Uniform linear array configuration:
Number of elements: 8
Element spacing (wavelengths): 0.25
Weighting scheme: binomial
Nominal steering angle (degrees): -45
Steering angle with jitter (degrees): -43.464
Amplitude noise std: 0.05
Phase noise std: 0.05

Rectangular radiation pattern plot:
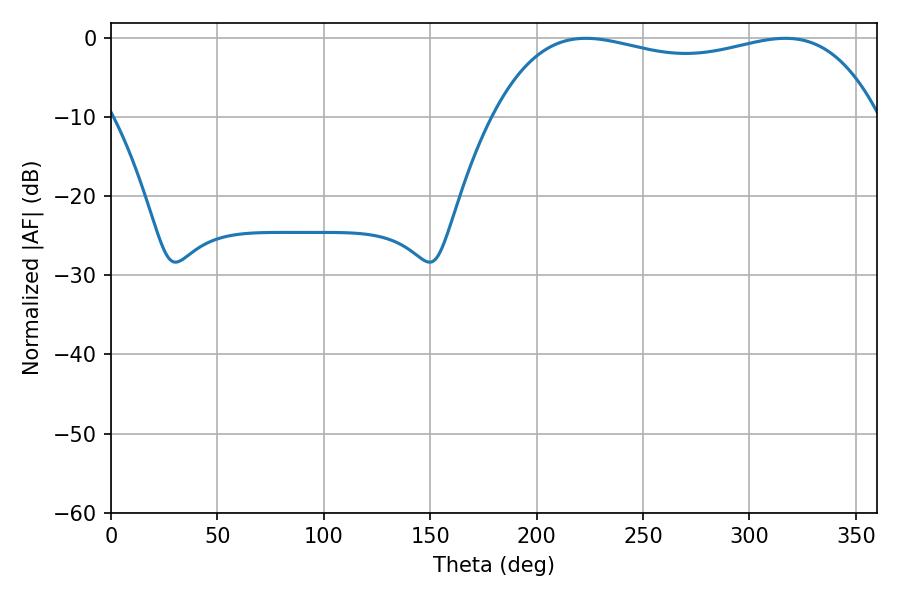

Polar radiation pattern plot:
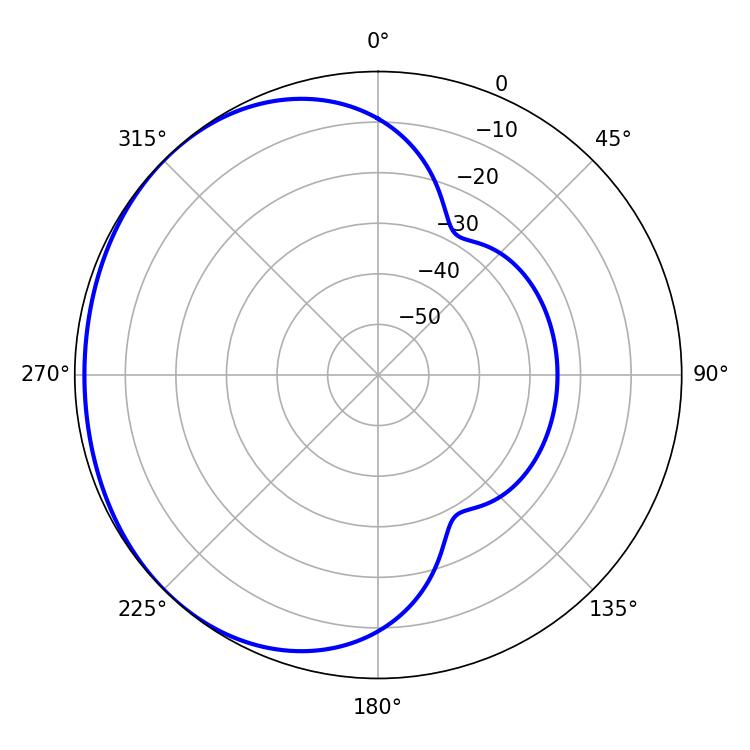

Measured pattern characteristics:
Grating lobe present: FALSE
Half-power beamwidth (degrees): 146.52
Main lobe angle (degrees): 223.2